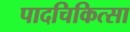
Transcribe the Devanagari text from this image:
पादचिकित्सा